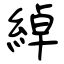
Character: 綽